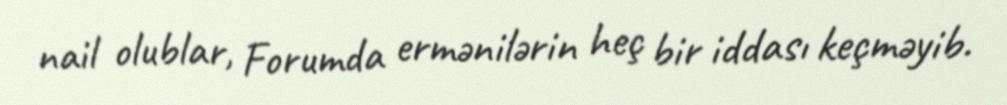
nail olublar, Forumda ermənilərin heç bir iddası keçməyib.